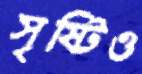
সৃষ্টিও